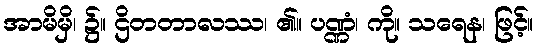
အာမိမှိ၊ ၌။ ဌိတတာလဿ၊ ၏။ ပဏ္ဏံ၊ ကို။ သရေန၊ ဖြင့်။